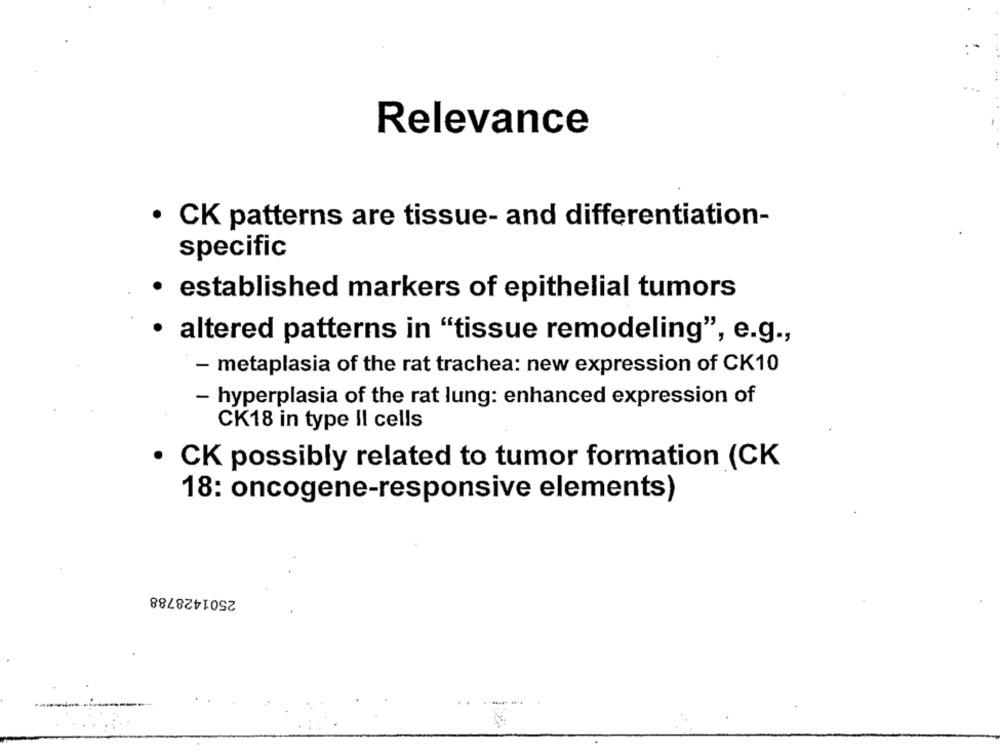
Relevance
· CK patterns are tissue- and differentiation-
specific
established markers of epithelial tumors
· altered patterns in "tissue remodeling", e.g .,
- metaplasia of the rat trachea: new expression of CK10
- hyperplasia of the rat lung: enhanced expression of
CK18 in type Il cells
· CK possibly related to tumor formation (CK
18: oncogene-responsive elements)
2501428788